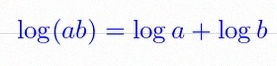
\log(ab)=\log a+\log b